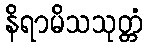
နိရာမိသသုတ္တံ